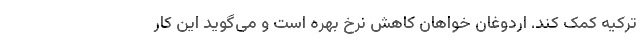
ترکیه کمک کند. اردوغان خواهان کاهش نرخ بهره است و می‌گوید این کار